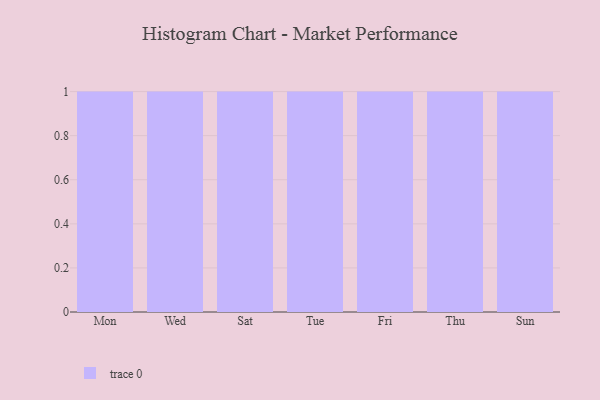
{"axis": {"x": "Day", "y": "Conversion Rate (%)"}, "legend": [""], "data": [{"x": "Mon", "y": 31, "type": ""}, {"x": "Wed", "y": 18, "type": ""}, {"x": "Sat", "y": 51, "type": ""}, {"x": "Tue", "y": 8, "type": ""}, {"x": "Fri", "y": 77, "type": ""}, {"x": "Thu", "y": 77, "type": ""}, {"x": "Sun", "y": 39, "type": ""}]}